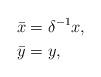
LaTeX: \begin{align*}\bar x&=\delta^{-1}x,\\\bar y&=y,\end{align*}